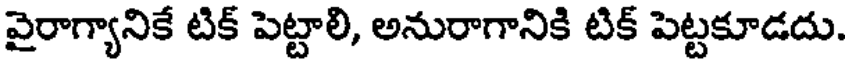
వైరాగ్యానికే టిక్ పెట్టాలి, అనురాగానికి టిక్ పెట్టకూడదు.